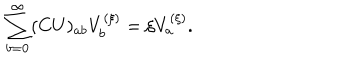
\sum _ { b = 0 } ^ { \infty } ( C U ) _ { a b } V _ { b } ^ { ( \xi ) } = \xi V _ { a } ^ { ( \xi ) } .